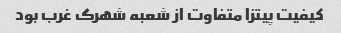
کیفیت پیتزا متفاوت از شعبه شهرک غرب بود